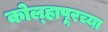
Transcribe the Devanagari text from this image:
कोल्‍हापूरच्या